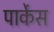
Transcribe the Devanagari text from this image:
पार्केस